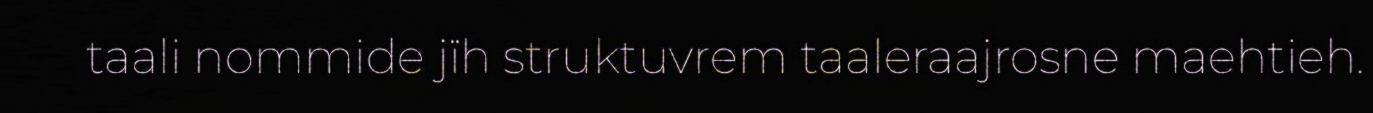
taali nommide jïh struktuvrem taaleraajrosne maehtieh.